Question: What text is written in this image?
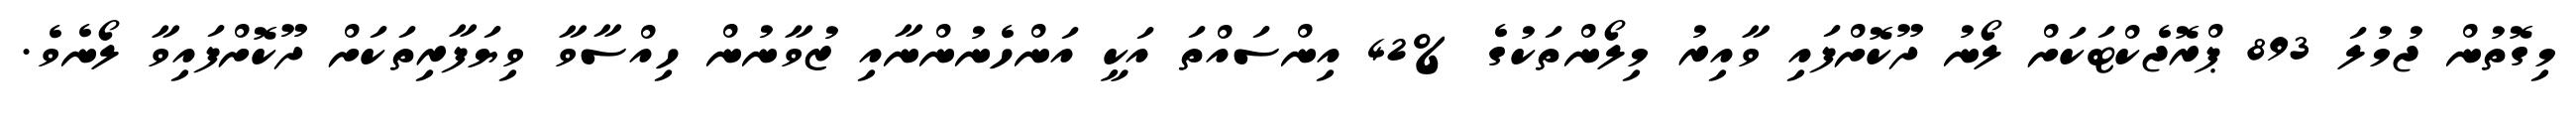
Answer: މިގޮތުން ޖުމުލަ 893 ޕްރޮޖެކްޓަކަށް ލޯނު ދޫކޮށްފައި ވާއިރު މިލޯންތަކުގެ %42 އިންސައްތަ އަކީ އަންހެނުންނާއި ޒުވާނުން ހިއްސާވާ ވިޔަފާރިތަކަށް ދޫކޮށްފައިވާ ލޯނެވެ.